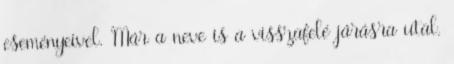
eseményeivel. Már a neve is a visszafelé járásra utal.